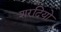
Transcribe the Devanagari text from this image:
शरदियो